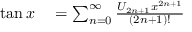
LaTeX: \begin{array} { r l } { \tan x } & { { } { } = \sum _ { n = 0 } ^ { \infty } { \frac { U _ { 2 n + 1 } x ^ { 2 n + 1 } } { ( 2 n + 1 ) ! } } } \end{array}